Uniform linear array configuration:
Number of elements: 4
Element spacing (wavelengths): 0.5
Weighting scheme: kaiser
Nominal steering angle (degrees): -45
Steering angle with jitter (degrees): -43.544
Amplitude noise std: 0.05
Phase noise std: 0.05

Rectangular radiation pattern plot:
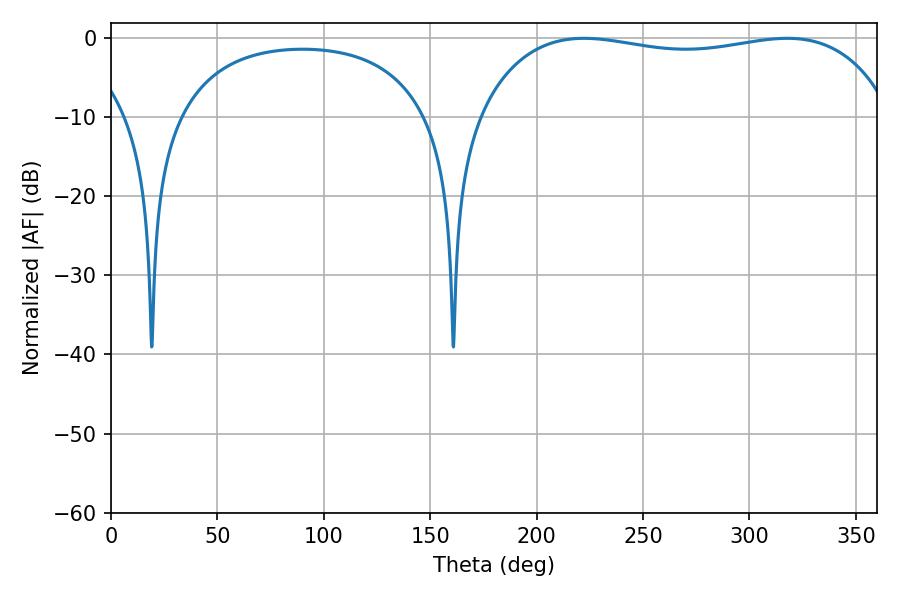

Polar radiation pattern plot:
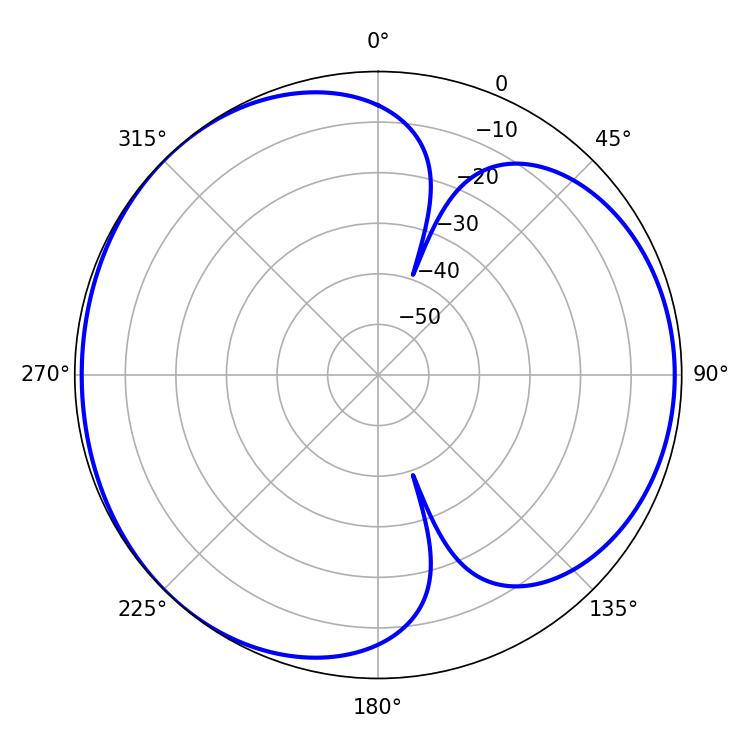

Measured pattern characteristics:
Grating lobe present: FALSE
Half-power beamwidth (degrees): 156.96
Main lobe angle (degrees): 222.3